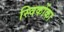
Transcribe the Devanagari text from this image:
स्विकोंका